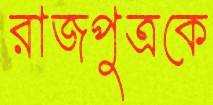
রাজপুত্রকে